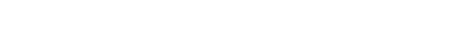
ကြမ်းပြင်ပေါ်၌ ကျောက်ပလ္လင်ကြီးများ ဖြစ်ပေါ်လျက် လည်းကောင်း ရှိနေတတ်ပေ၏။